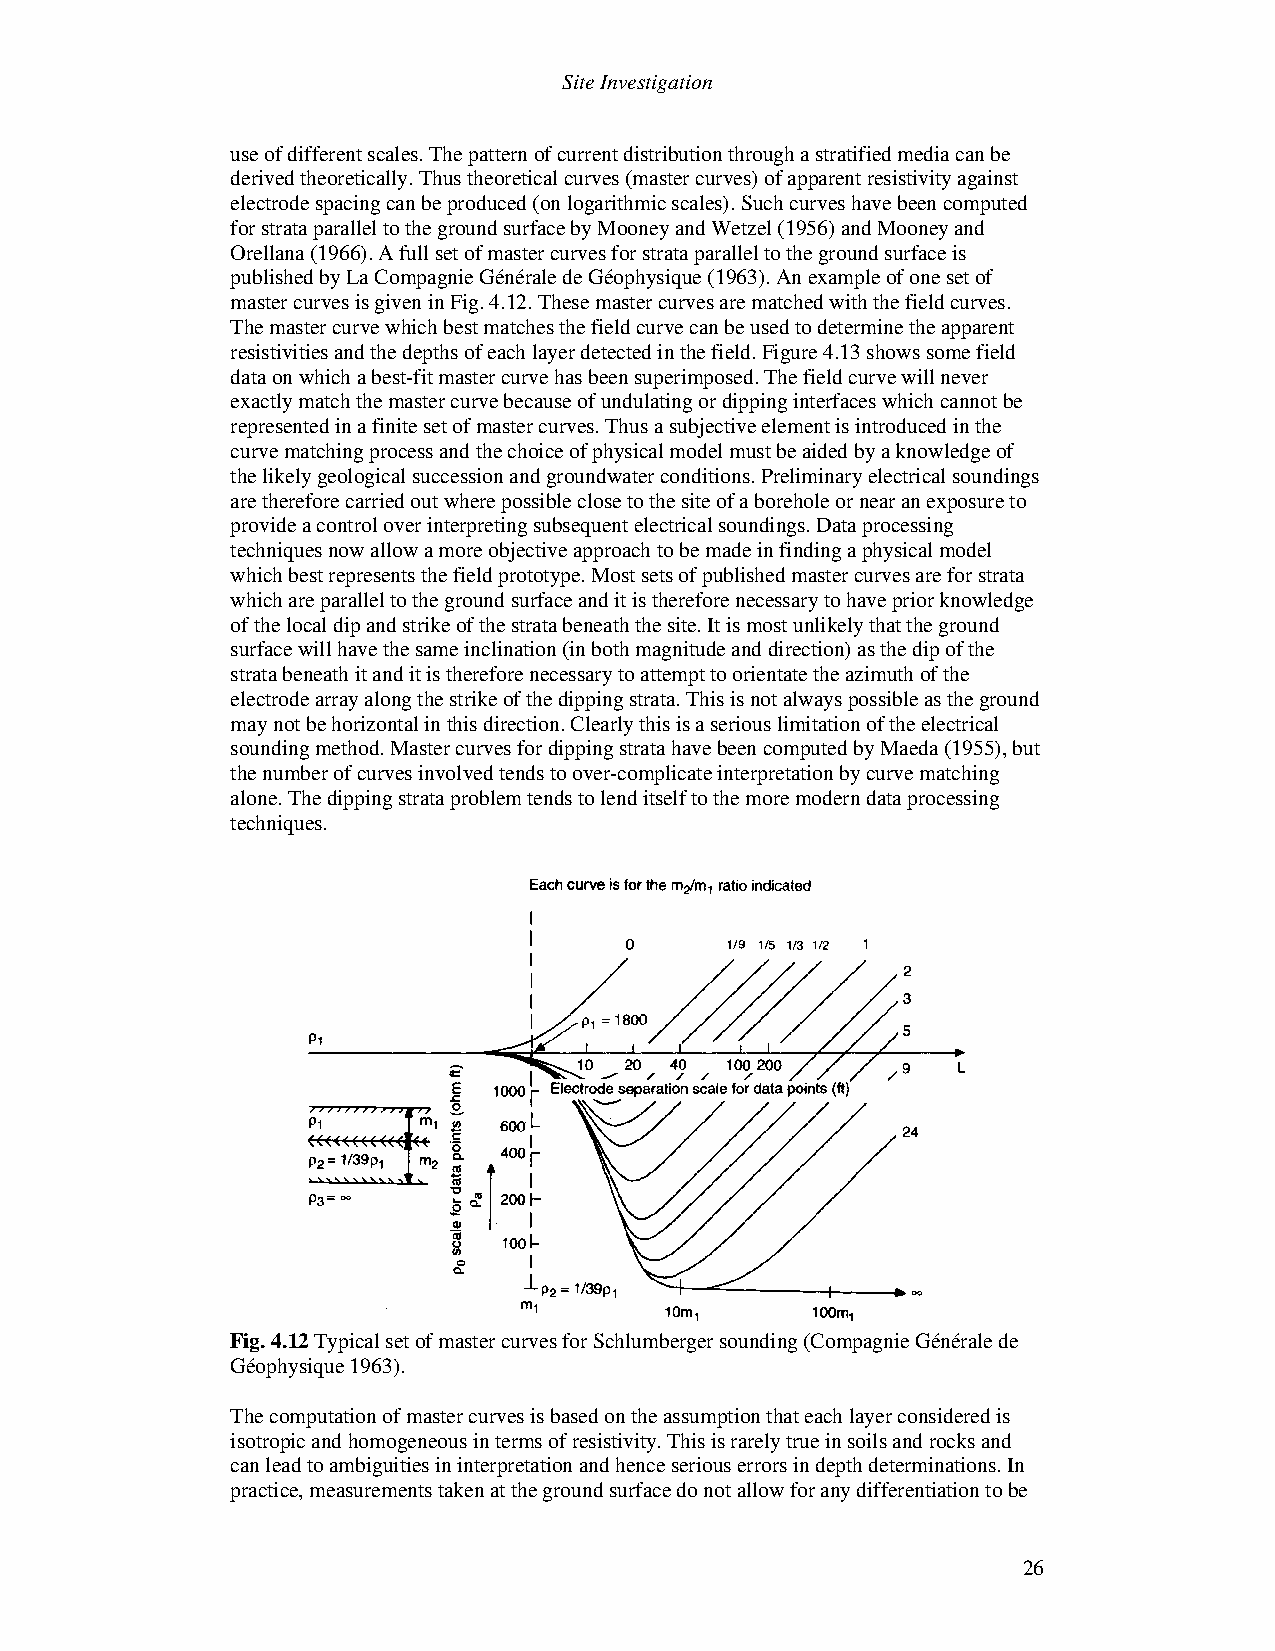
Site Investigation
 use of different scales. The pattern of current distribution through a stratified media can be
 derived theoretically. Thus theoretical curves (master curves) of apparent resistivity against
 electrode spacing can be produced (on logarithmic scales). Such curves have been computed
 for strata parallel to the ground surface by Mooney and Wetzel (1956) and Mooney and
 Orellana (1966). A full set of master curves for strata parallel to the ground surface is
 published by La Compagnie Générale de Géophysique (1963). An example of one set of
 master curves is given in Fig. 4.12. These master curves are matched with the field curves.
 The master curve which best matches the field curve can be used to determine the apparent
 resistivities and the depths of each layer detected in the field. Figure 4.13 shows some field
 data on which a best-fit master curve has been superimposed. The field curve will never
 exactly match the master curve because of undulating or dipping interfaces which cannot be
 represented in a finite set of master curves. Thus a subjective element is introduced in the
 curve matching process and the choice of physical model must be aided by a knowledge of
 the likely geological succession and groundwater conditions. Preliminary electrical soundings
 are therefore carried out where possible close to the site of a borehole or near an exposure to
 provide a control over interpreting subsequent electrical soundings. Data processing
 techniques now allow a more objective approach to be made in finding a physical model
 which best represents the field prototype. Most sets of published master curves are for strata
 which are parallel to the ground surface and it is therefore necessary to have prior knowledge
 of the local dip and strike of the strata beneath the site. It is most unlikely that the ground
 surface will have the same inclination (in both magnitude and direction) as the dip of the
 strata beneath it and it is therefore necessary to attempt to orientate the azimuth of the
 electrode array along the strike of the dipping strata. This is not always possible as the ground
 may not be horizontal in this direction. Clearly this is a serious limitation of the electrical
 sounding method. Master curves for dipping strata have been computed by Maeda (1955), but
 the number of curves involved tends to over-complicate interpretation by curve matching
 alone. The dipping strata problem tends to lend itself to the more modern data processing
 techniques.
 Fig. 4.12 Typical set of master curves for Schlumberger sounding (Compagnie Générale de
 Géophysique 1963).
 The computation of master curves is based on the assumption that each layer considered is
 isotropic and homogeneous in terms of resistivity. This is rarely true in soils and rocks and
 can lead to ambiguities in interpretation and hence serious errors in depth determinations. In
 practice, measurements taken at the ground surface do not allow for any differentiation to be
 26